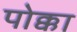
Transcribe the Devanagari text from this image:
पोक्का